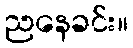
ညနေခင်း။